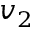
v _ { 2 }